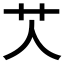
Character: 𦫸